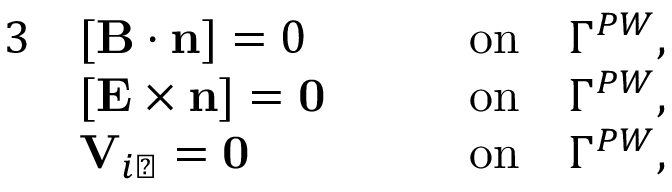
\begin{array} { r l r } { { 3 } } & { [ { \mathbf B } \cdot \mathbf { n } ] = 0 \qquad } & { \mathrm { o n } \quad \Gamma ^ { P W } , } \\ & { [ { \mathbf E } \times \mathbf { n } ] = \mathbf { 0 } \qquad } & { \mathrm { o n } \quad \Gamma ^ { P W } , } \\ & { \mathbf V _ { i \perp } = \mathbf { 0 } \qquad } & { \mathrm { o n } \quad \Gamma ^ { P W } , } \end{array}